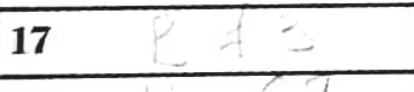
Transcription: Bf3